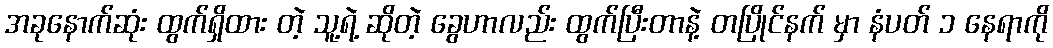
အခုနောက်ဆုံး ထွက်ရှိထား တဲ့ သူ့ရဲ့ ဆိုတဲ့ ခွေဟာလည်း ထွက်ပြီးတာနဲ့ တပြိုင်နက် မှာ နံပတ် ၁ နေရာကို